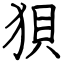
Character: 狽